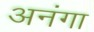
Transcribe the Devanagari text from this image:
अनंगा